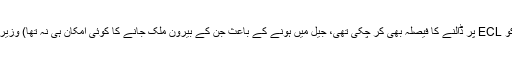
(اس سے پہلے نومنتخب حکومت کی کابینہ اپنے اوّلین اجلاس میں باپ، بیٹی اور داماد کو ECL پر ڈالنے کا فیصلہ بھی کر چکی تھی، جیل میں ہونے کے باعث جن کے بیرونِ ملک جانے کا کوئی امکان ہی نہ تھا) وزیر اطلاعات کو بھی شاید، پیرول پر رہائی کی اطلاع رات گئے ٹی وی چینلز ہی سے ملی۔